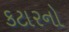
કટારનો